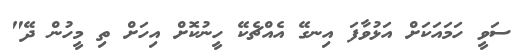
ސަވީ ހަމައަކަށް އަޅުވާފަ އިނގޭ އެއްޗެކޭ ހީނުކޮށް އިހަށް ތި މީހުން ދޭ"